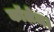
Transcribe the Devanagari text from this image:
कॉलेज।